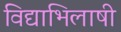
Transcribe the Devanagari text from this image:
विद्याभिलाषी